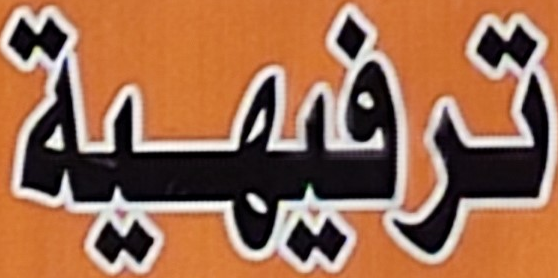
ترفيهية